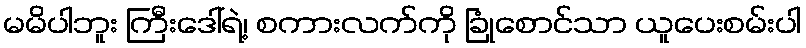
မမိပါဘူး ကြီးဒေါ်ရဲ့၊ စကားလက်ကို ခြုံစောင်သာ ယူပေးစမ်းပါ